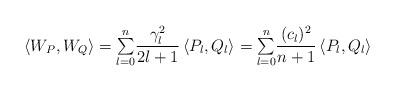
LaTeX: \begin{align*}\left\langle W_{P},W_{Q}\right\rangle ={\textstyle\sum\limits_{l=0}^{n}}\frac{\gamma_{l}^{2}}{2l+1}\left\langle P_{l},Q_{l}\right\rangle ={\textstyle\sum\limits_{l=0}^{n}}\frac{(c_{l})^{2}}{n+1}\left\langle P_{l},Q_{l}\right\rangle \end{align*}